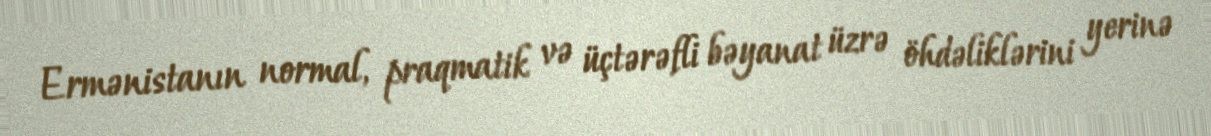
Ermənistanın normal, praqmatik və üçtərəfli bəyanat üzrə öhdəliklərini yerinə